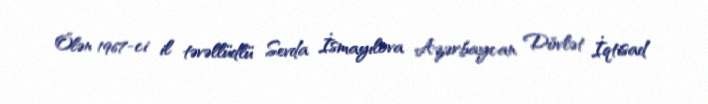
Ölən 1967-ci il təvəllüdlü Sevda İsmayılova Azərbaycan Dövlət İqtisad